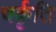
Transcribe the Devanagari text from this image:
चर्कृति